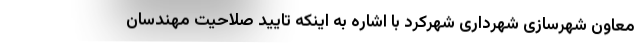
معاون شهرسازی شهرداری شهرکرد با اشاره به اینکه تایید صلاحیت مهندسان